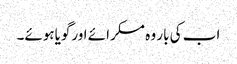
اب کی بار وہ مسکرائے اورگویاہوئے۔